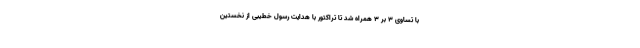
با تساوی ۳ بر ۳ همراه شد تا تراکتور با هدایت رسول خطیبی از نخستین